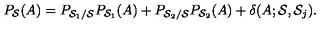
P _ { { \cal S } } ( A ) = P _ { { \cal S } _ { 1 } / { \cal S } } P _ { { \cal S } _ { 1 } } ( A ) + P _ { { \cal S } _ { 2 } / { \cal S } } P _ { { \cal S } _ { 2 } } ( A ) + \delta ( A ; { \cal S } , { \cal S } _ { j } ) .